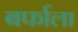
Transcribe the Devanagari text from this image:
बर्फाला